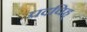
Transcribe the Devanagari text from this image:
पदचिह्